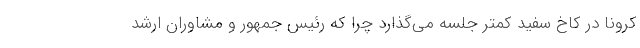
کرونا در کاخ سفید کمتر جلسه می‌گذارد چرا که رئیس جمهور و مشاوران ارشد